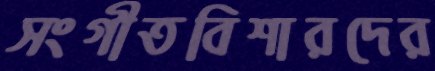
সংগীতবিশারদের